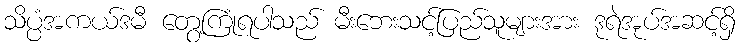
သိပ္ပံအကယ်ဒမီ တွေ့ကြုံရပါသည် မီးဘေးသင့်ပြည်သူများအား ဒုရဲအုပ်အဆင့်ရှိ